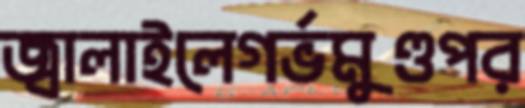
জ্বালাইলেগর্ভমুণ্ডপর